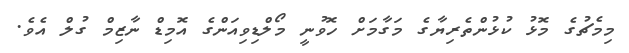
މިމެޗުގެ މޮޅު ކުޅުންތެރިޔާގެ މަގާމަށް ހޮވުނީ މޯލްޑިވިއަންގެ އޮމިޑް ނާޒިމް ގުލް އެވެ.